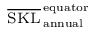
\scriptstyle \overline { { \mathrm { S K L } } } _ { \, \mathrm { a n n u a l } } ^ { \, \mathrm { e q u a t o r } }